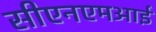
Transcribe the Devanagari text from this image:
सीएनएमआई